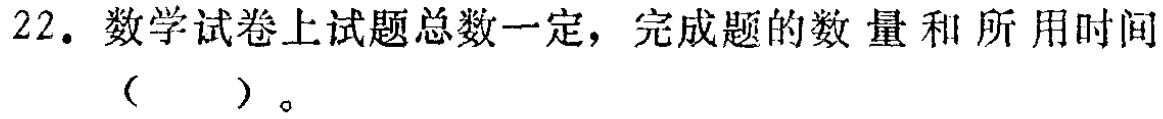
22. 数学试卷上试题总数一定，完成题的数量和所用时间（  ）。